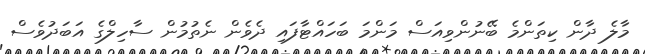
މާލެ ދާން ކިތަންމެ ބޭނުންވިއަސް މަންމަ ބަހައްޓާފައި ދެވެން ނެތުމުން ސާހިލްގެ އަބަދުވެސް